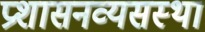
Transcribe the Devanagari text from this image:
प्रशासनव्यसस्था